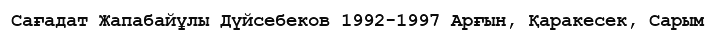
Сағадат Жапабайұлы Дүйсебеков 1992-1997 Арғын, Қаракесек, Сарым